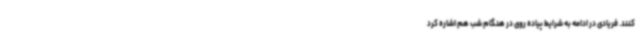
کنند. فریادی در ادامه به شرایط پیاده روی در هنگام شب هم اشاره کرد